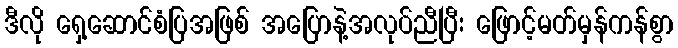
ဒီလို ရှေ့ဆောင်စံပြအဖြစ် အပြောနဲ့အလုပ်ညီပြီး ဖြောင့်မတ်မှန်ကန်စွာ